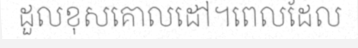
ដួលខុសគោលដៅ។ពេលដែល